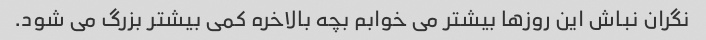
نگران نباش این روزها بیشتر می خوابم بچه بالاخره کمی بیشتر بزرگ می شود.